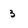
Character: 3